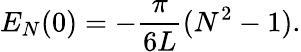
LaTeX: E_{N}(0)=-\frac{\pi}{6L}(N^{2}-1).